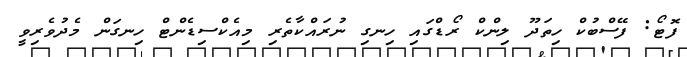
ފޮޓޯ: ފޭސްބުކް ހިތަދޫ ލިންކް ރޯޑްގައި ހިނގި ނުރައްކާތެރި މިއެކްސިޑެންޓް ހިނގަން މެދުވެރިވީ